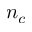
n _ { c }